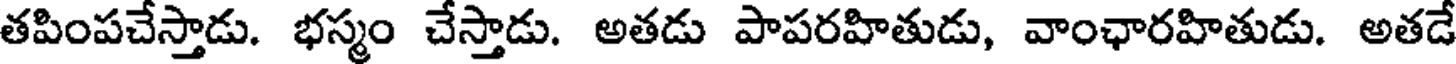
తపింపచేస్తాడు. భస్మం చేస్తాడు. అతడు పాపరహితుడు, వాంఛారహితుడు. అతడే